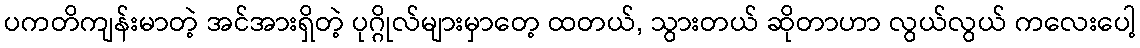
ပကတိကျန်းမာတဲ့ အင်အားရှိတဲ့ ပုဂ္ဂိုလ်များမှာတေ့ ထတယ်, သွားတယ် ဆိုတာဟာ လွယ်လွယ် ကလေးပေါ့